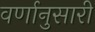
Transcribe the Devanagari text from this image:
वर्णानुसारी